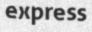
express